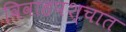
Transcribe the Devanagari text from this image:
विवाहपश्चात